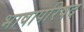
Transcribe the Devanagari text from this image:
भाषापरिषद